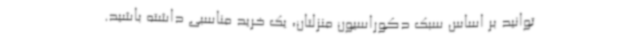
توانید بر اساس سبک دکوراسیون منزلتان، یک خرید مناسبی داشته باشید.